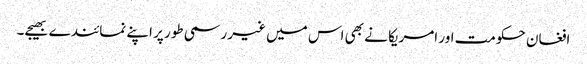
افغان حکومت اور امریکا نے بھی اس میں غیر رسمی طور پر اپنے نمائندے بھیجے۔